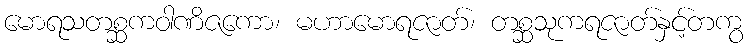
မောရသတစ္ဆကဝါဏိဇကော၊ မဟာမောရဇာတ်၊ တစ္ဆသုကရဇာတ်နှင့်တကွ